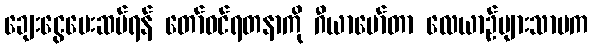
ချေးငွေပေးဆပ်ရန် တော်ဝင်ရတနာကို ဂီယာမော်တာ လေယာဉ်များသာမက